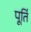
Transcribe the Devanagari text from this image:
पूतिं